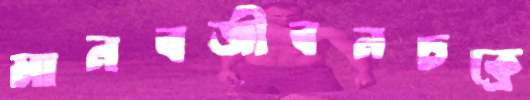
মানবজীবনচক্রে